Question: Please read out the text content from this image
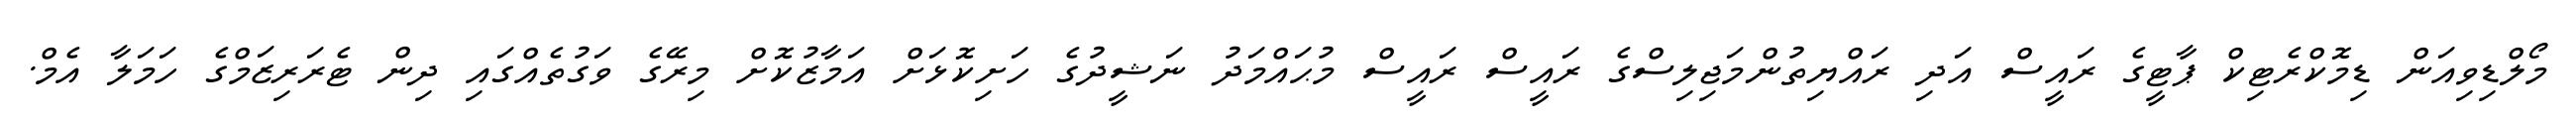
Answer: މޯލްޑިވިއަން ޑިމޮކްރެޓިކް ޕާޓީގެ ރައީސް އަދި ރައްޔިތުންމަޖިލިސްގެ ރައީސް ރައީސް މުޙައްމަދު ނަޝީދުގެ ހަށިކޮޅަށް އަމާޒުކޮށް މިރޭގެ ވަގުތެއްގައި ދިން ޓެރަރިޒަމްގެ ހަމަލާ އެމް.